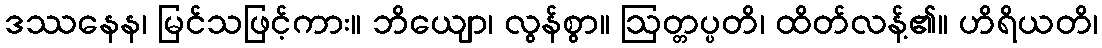
ဒဿနေန၊ မြင်သဖြင့်ကား။ ဘိယျော၊ လွန်စွာ။ ဩတ္တပ္ပတိ၊ ထိတ်လန့်၏။ ဟိရိယတိ၊